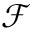
\mathcal { F }